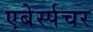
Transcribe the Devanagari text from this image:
एबेर्स्पचर